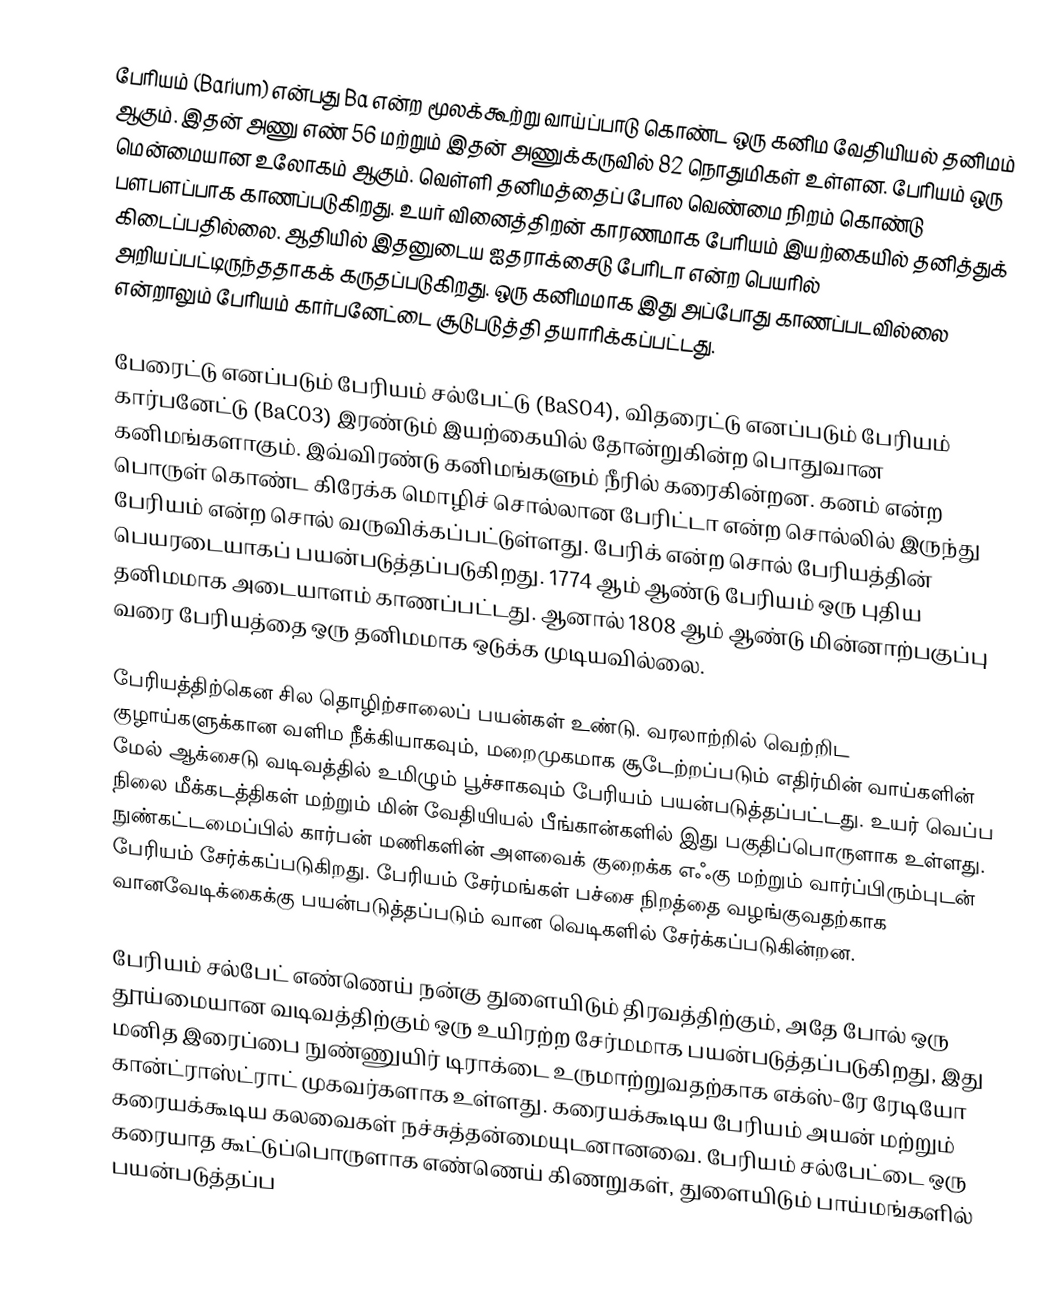
பேரியம் (Barium) என்பது Ba என்ற மூலக்கூற்று வாய்ப்பாடு கொண்ட   ஒரு கனிம வேதியியல் தனிமம் ஆகும். இதன் அணு எண் 56 மற்றும்   இதன் அணுக்கருவில் 82 நொதுமிகள் உள்ளன. பேரியம் ஒரு மென்மையான உலோகம் ஆகும்.  வெள்ளி தனிமத்தைப் போல  வெண்மை நிறம் கொண்டு பளபளப்பாக  காணப்படுகிறது. உயர் வினைத்திறன் காரணமாக பேரியம் இயற்கையில் தனித்துக் கிடைப்பதில்லை. ஆதியில் இதனுடைய ஐதராக்சைடு பேரிடா என்ற பெயரில் அறியப்பட்டிருந்ததாகக் கருதப்படுகிறது. ஒரு கனிமமாக இது அப்போது காணப்படவில்லை என்றாலும் பேரியம் கார்பனேட்டை சூடுபடுத்தி தயாரிக்கப்பட்டது.

பேரைட்டு எனப்படும் பேரியம் சல்பேட்டு (BaSO4), விதரைட்டு எனப்படும் பேரியம் கார்பனேட்டு  (BaCO3) இரண்டும் இயற்கையில் தோன்றுகின்ற பொதுவான கனிமங்களாகும். இவ்விரண்டு கனிமங்களும் நீரில் கரைகின்றன. கனம் என்ற பொருள் கொண்ட கிரேக்க மொழிச் சொல்லான பேரிட்டா என்ற சொல்லில் இருந்து பேரியம் என்ற சொல் வருவிக்கப்பட்டுள்ளது. பேரிக் என்ற சொல் பேரியத்தின் பெயரடையாகப் பயன்படுத்தப்படுகிறது. 1774 ஆம் ஆண்டு பேரியம் ஒரு புதிய தனிமமாக அடையாளம் காணப்பட்டது. ஆனால் 1808 ஆம் ஆண்டு மின்னாற்பகுப்பு வரை பேரியத்தை ஒரு தனிமமாக ஒடுக்க முடியவில்லை.

பேரியத்திற்கென சில தொழிற்சாலைப் பயன்கள் உண்டு. வரலாற்றில்  வெற்றிட குழாய்களுக்கான வளிம நீக்கியாகவும்,  மறைமுகமாக சூடேற்றப்படும் எதிர்மின் வாய்களின் மேல்  ஆக்சைடு வடிவத்தில் உமிழும் பூச்சாகவும் பேரியம் பயன்படுத்தப்பட்டது. உயர் வெப்ப நிலை மீக்கடத்திகள் மற்றும் மின் வேதியியல் பீங்கான்களில் இது பகுதிப்பொருளாக உள்ளது. நுண்கட்டமைப்பில்  கார்பன் மணிகளின் அளவைக்  குறைக்க எஃகு மற்றும் வார்ப்பிரும்புடன் பேரியம் சேர்க்கப்படுகிறது.  பேரியம் சேர்மங்கள்  பச்சை நிறத்தை வழங்குவதற்காக வானவேடிக்கைக்கு பயன்படுத்தப்படும் வான வெடிகளில் சேர்க்கப்படுகின்றன.

பேரியம் சல்பேட் எண்ணெய் நன்கு துளையிடும் திரவத்திற்கும், அதே போல் ஒரு தூய்மையான வடிவத்திற்கும் ஒரு உயிரற்ற சேர்மமாக பயன்படுத்தப்படுகிறது, இது மனித இரைப்பை நுண்ணுயிர் டிராக்டை உருமாற்றுவதற்காக எக்ஸ்-ரே ரேடியோ கான்ட்ராஸ்ட்ராட் முகவர்களாக உள்ளது. கரையக்கூடிய பேரியம் அயன் மற்றும் கரையக்கூடிய கலவைகள் நச்சுத்தன்மையுடனானவை. பேரியம் சல்பேட்டை ஒரு கரையாத கூட்டுப்பொருளாக எண்ணெய் கிணறுகள், துளையிடும் பாய்மங்களில் பயன்படுத்தப்ப